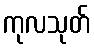
ကုလသုတ်